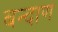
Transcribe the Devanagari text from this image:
बन्दाण